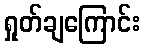
ရှုတ်ချကြောင်း